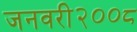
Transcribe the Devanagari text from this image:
जनवरी२००८